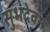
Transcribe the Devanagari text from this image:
सुभदेवन